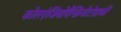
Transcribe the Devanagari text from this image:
कोलएंजियोपैन्क्रियेटोग्राफी